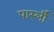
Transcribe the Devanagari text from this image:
पार्स्ली